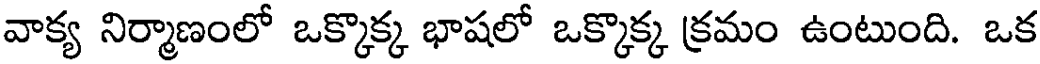
వాక్య నిర్మాణంలో ఒక్కొక్క భాషలో ఒక్కొక్క క్రమం ఉంటుంది. ఒక